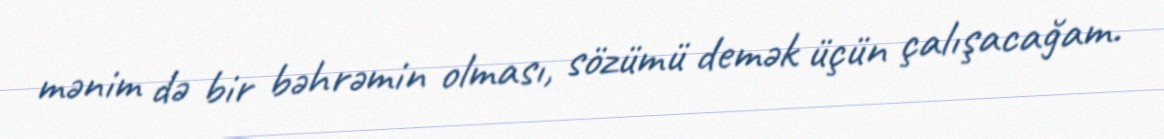
mənim də bir bəhrəmin olması, sözümü demək üçün çalışacağam.